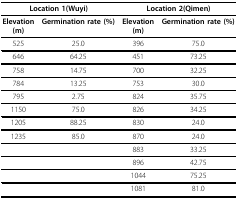
| <COLSPAN=2> Location 1(Wuyi) | <COLSPAN=2> Location 2(Qimen) |
 | --- | --- | --- | --- |
 | Elevation(m) | Germination rate (%) | Elevation(m) | Germination rate (%) |
 | 525 | 25.0 | 396 | 75.0 |
 | 646 | 64.25 | 451 | 73.25 |
 | 758 | 14.75 | 700 | 32.25 |
 | 784 | 13.25 | 753 | 30.0 |
 | 795 | 2.75 | 824 | 35.75 |
 | 1150 | 75.0 | 826 | 34.25 |
 | 1205 | 88.25 | 830 | 24.0 |
 | 1235 | 85.0 | 870 | 24.0 |
 |  |  | 883 | 33.25 |
 |  |  | 896 | 42.75 |
 |  |  | 1044 | 75.25 |
 |  |  | 1081 | 81.0 |